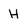
Character: H